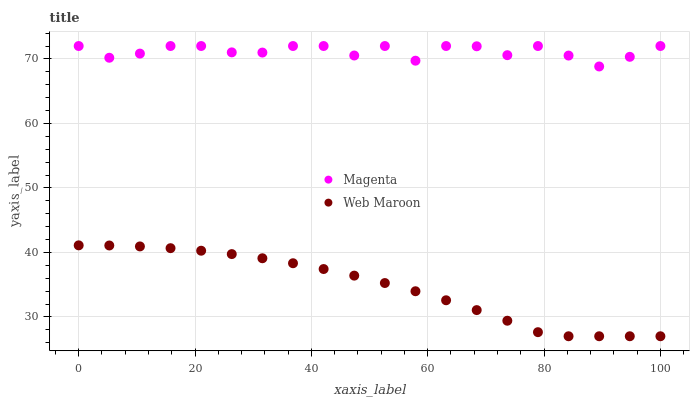
| xaxis_label | Magenta | Web Maroon |
 | --- | --- | --- |
 | 0 | 72 | 41.1 |
 | 5.26 | 70.2 | 41.1 |
 | 10.5 | 70.8 | 40.9 |
 | 15.8 | 72 | 40.7 |
 | 21.1 | 72 | 40.3 |
 | 26.3 | 71 | 39.7 |
 | 31.6 | 71 | 39.1 |
 | 36.8 | 72 | 38.3 |
 | 42.1 | 72 | 37.4 |
 | 47.4 | 70.5 | 36.4 |
 | 52.6 | 72 | 35.3 |
 | 57.9 | 69.7 | 34 |
 | 63.2 | 72 | 32.6 |
 | 68.4 | 72 | 31.1 |
 | 73.7 | 70.6 | 29.4 |
 | 78.9 | 72 | 27.6 |
 | 84.2 | 70.5 | 27 |
 | 89.5 | 68.8 | 27 |
 | 94.7 | 70.3 | 27 |
 | 100 | 72 | 27 |